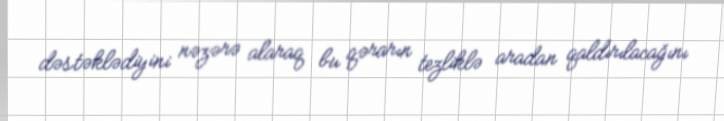
dəstəklədiyini nəzərə alaraq bu qərarın tezliklə aradan qaldırılacağını